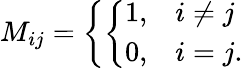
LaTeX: M_{ij}=\left\{ \left\{ \begin{array}{ll}{{1,}}&{{i\neq j}}\\ {{0,}}&{{i=j.}}\end{array}\right.\right.